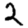
Digit: 2